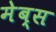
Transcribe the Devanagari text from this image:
मेब्स